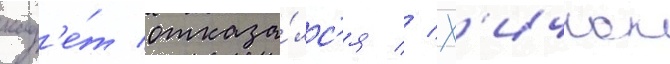
кад'е́т отказа́лс'я // Х'ичкок